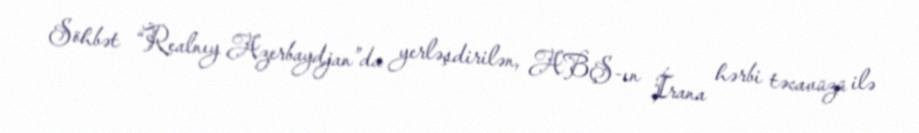
Söhbət “Realnıy Azerbaydjan”da yerləşdirilən, ABŞ-ın İrana hərbi təcavüzü ilə